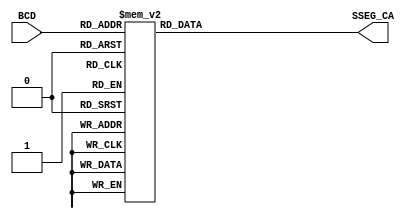
module bcd_7seg(			input				[3:0]		BCD,
								output	reg	[6:0]		SSEG_CA		);
always
case(BCD) 
      4'd0 : SSEG_CA = 7'b0000001;
      4'd1 : SSEG_CA = 7'b1001111;
      4'd2 : SSEG_CA = 7'b0010010;
      4'd3 : SSEG_CA = 7'b0000110;
      4'd4 : SSEG_CA = 7'b1001100;
      4'd5 : SSEG_CA = 7'b0100100;
      4'd6 : SSEG_CA = 7'b0100000;
      4'd7 : SSEG_CA = 7'b0001111;		
		4'd8 : SSEG_CA = 7'b0000000;
		4'd9 : SSEG_CA = 7'b0000100;
		4'd10: SSEG_CA = 7'b0001000;
		4'd11: SSEG_CA = 7'b1100000;
		4'd12: SSEG_CA = 7'b0110001;
		4'd13: SSEG_CA = 7'b1000010;
		4'd14: SSEG_CA = 7'b0110000;
		4'd15: SSEG_CA = 7'b0111000;
endcase 

endmodule